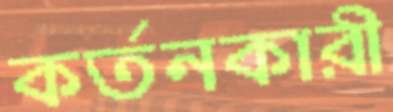
কর্তনকারী